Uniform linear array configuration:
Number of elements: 8
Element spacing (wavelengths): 0.25
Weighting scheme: hann
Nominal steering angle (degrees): -60
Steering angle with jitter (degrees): -58.862
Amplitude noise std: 0.05
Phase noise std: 0.05

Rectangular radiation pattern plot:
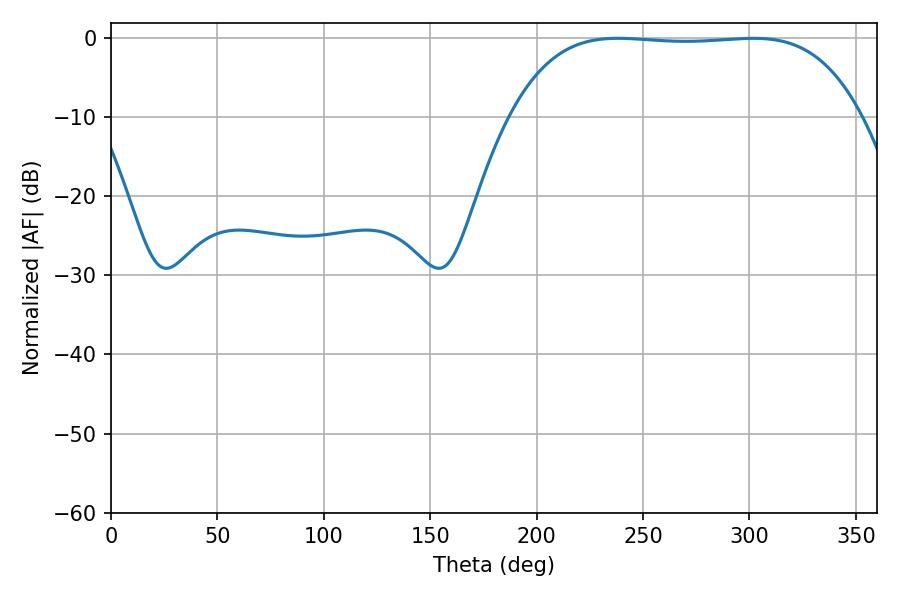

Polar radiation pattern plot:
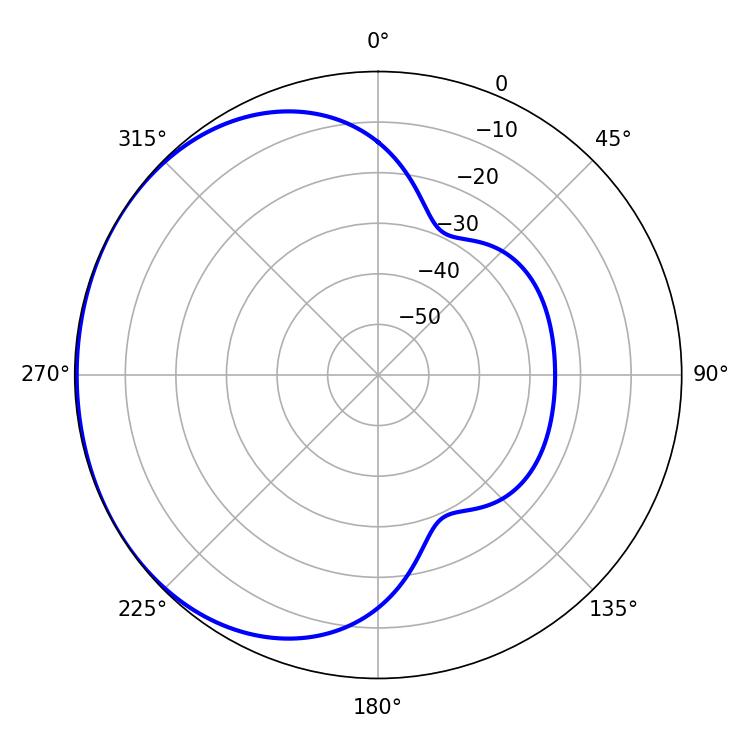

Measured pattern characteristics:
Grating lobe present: FALSE
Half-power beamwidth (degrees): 128.52
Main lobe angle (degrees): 238.14